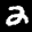
Label: 2